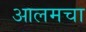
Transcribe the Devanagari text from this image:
आलमचा